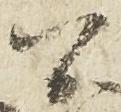
間